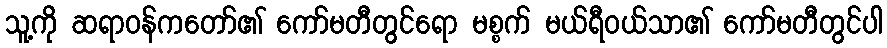
သူ့ကို ဆရာဝန်ကတော်၏ ကော်မတီတွင်ရော မစ္စက် မယ်ရီဝယ်သာ၏ ကော်မတီတွင်ပါ